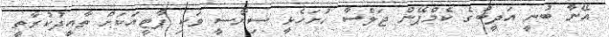
އޭނާ ބުނީ އަދީބުގެ ކެމްޕޭން ޖަލްސާ ހުށަހެޅީ ސިޔާސީ ވަކި ޕާޓީއަކަށް ތާއީދުކުރާތީ